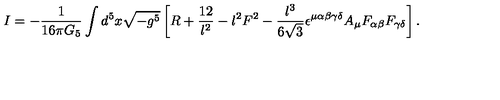
I = - { \frac { 1 } { 1 6 \pi G _ { 5 } } } \int d ^ { 5 } x \sqrt { - g ^ { 5 } } \left[ R + { \frac { 1 2 } { l ^ { 2 } } } - { l ^ { 2 } } F ^ { 2 } - { \frac { l ^ { 3 } } { 6 \sqrt { 3 } } } \epsilon ^ { \mu \alpha \beta \gamma \delta } A _ { \mu } F _ { \alpha \beta } F _ { \gamma \delta } \right] .